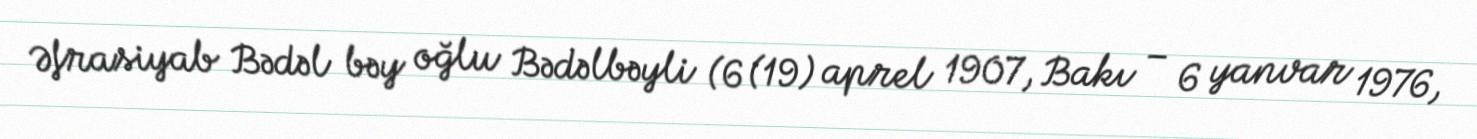
Əfrasiyab Bədəl bəy oğlu Bədəlbəyli (6 (19) aprel 1907, Bakı – 6 yanvar 1976,